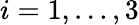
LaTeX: i=1,\ldots,3